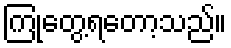
ကြုံတွေ့ရတော့သည်။